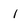
Character: 1